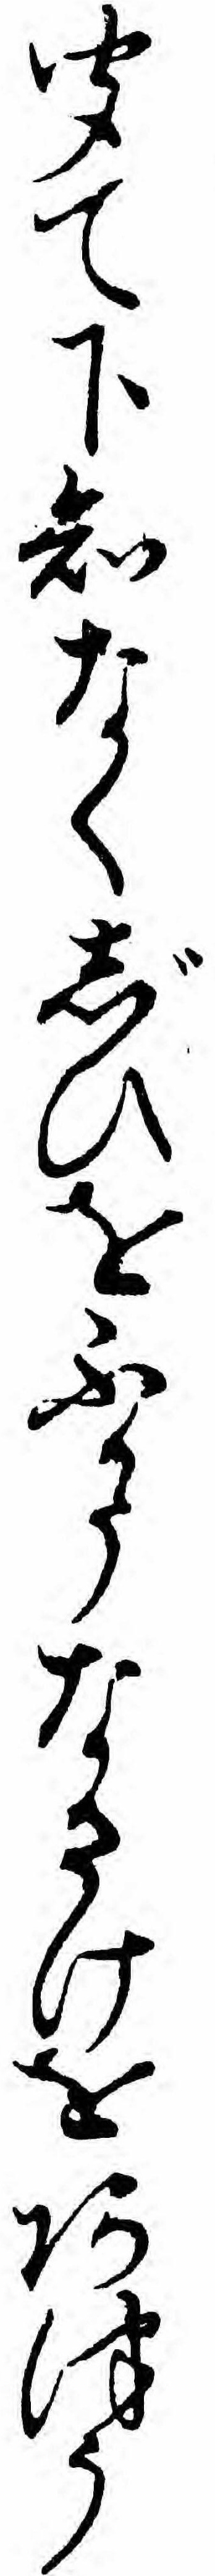
聞て下知なくじひをふかうなさけをあつう